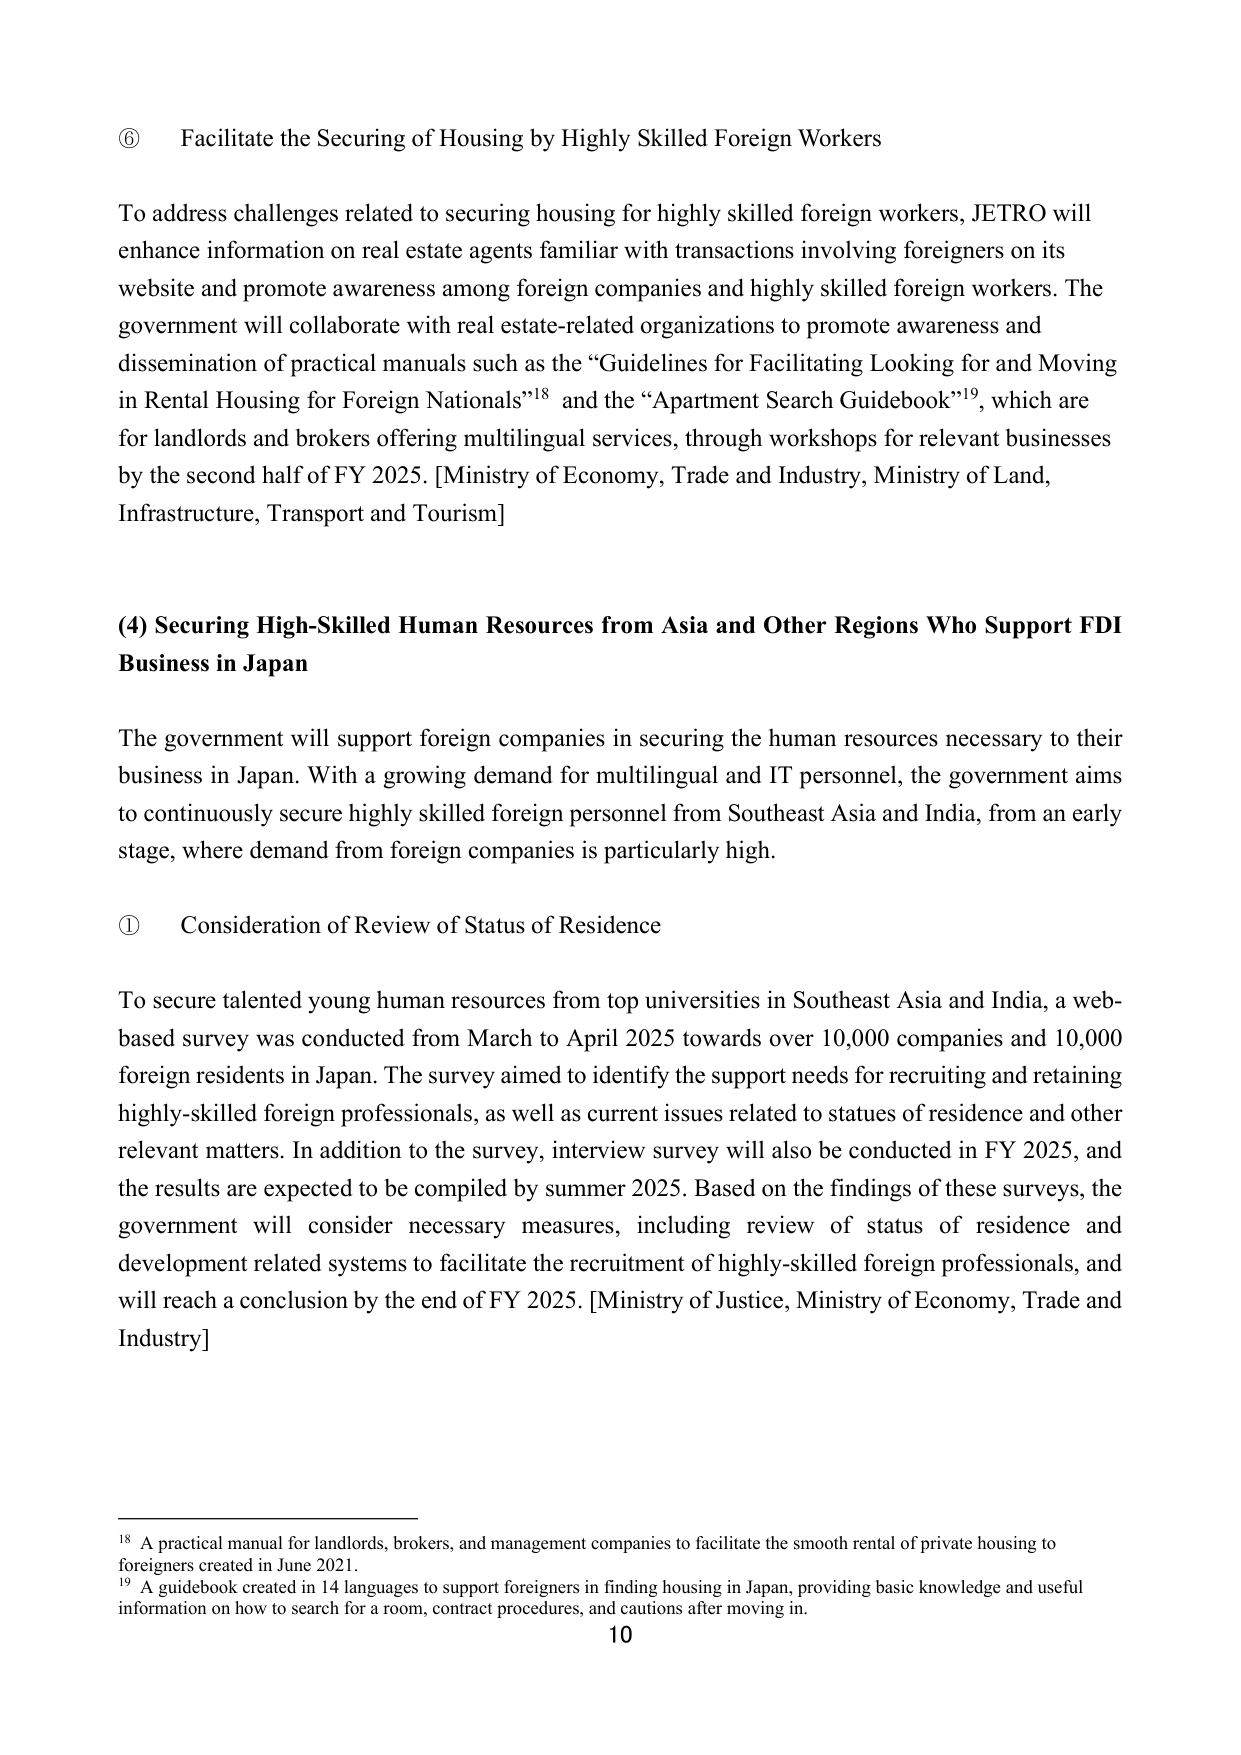
⑥ Facilitate the Securing of Housing by Highly Skilled Foreign Workers

To address challenges related to securing housing for highly skilled foreign workers, JETRO will enhance information on real estate agents familiar with transactions involving foreigners on its website and promote awareness among foreign companies and highly skilled foreign workers. The government will collaborate with real estate-related organizations to promote awareness and dissemination of practical manuals such as the “Guidelines for Facilitating Looking for and Moving in Rental Housing for Foreign Nationals”¹⁸ and the “Apartment Search Guidebook”¹⁹, which are for landlords and brokers offering multilingual services, through workshops for relevant businesses by the second half of FY 2025. [Ministry of Economy, Trade and Industry, Ministry of Land, Infrastructure, Transport and Tourism]

(4) Securing High-Skilled Human Resources from Asia and Other Regions Who Support FDI Business in Japan

The government will support foreign companies in securing the human resources necessary to their business in Japan. With a growing demand for multilingual and IT personnel, the government aims to continuously secure highly skilled foreign personnel from Southeast Asia and India, from an early stage, where demand from foreign companies is particularly high.

① Consideration of Review of Status of Residence

To secure talented young human resources from top universities in Southeast Asia and India, a web-based survey was conducted from March to April 2025 towards over 10,000 companies and 10,000 foreign residents in Japan. The survey aimed to identify the support needs for recruiting and retaining highly-skilled foreign professionals, as well as current issues related to statues of residence and other relevant matters. In addition to the survey, interview survey will also be conducted in FY 2025, and the results are expected to be compiled by summer 2025. Based on the findings of these surveys, the government will consider necessary measures, including review of status of residence and development related systems to facilitate the recruitment of highly-skilled foreign professionals, and will reach a conclusion by the end of FY 2025. [Ministry of Justice, Ministry of Economy, Trade and Industry]

¹⁸ A practical manual for landlords, brokers, and management companies to facilitate the smooth rental of private housing to foreigners created in June 2021.
¹⁹ A guidebook created in 14 languages to support foreigners in finding housing in Japan, providing basic knowledge and useful information on how to search for a room, contract procedures, and cautions after moving in.

10